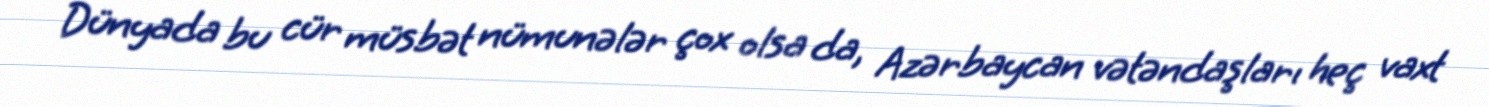
Dünyada bu cür müsbət nümunələr çox olsa da, Azərbaycan vətəndaşları heç vaxt